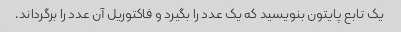
یک تابع پایتون بنویسید که یک عدد را بگیرد و فاکتوریل آن عدد را برگرداند.